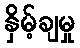
နှိမ့်ချမှု